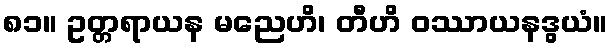
၈၁။ ဥတ္တရာယန မညေဟိ၊ တီဟိ ဝဿာယနဒွယံ။